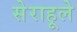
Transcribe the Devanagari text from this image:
सेराहूले